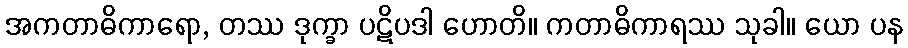
အကတာဓိကာရော, တဿ ဒုက္ခာ ပဋိပဒါ ဟောတိ။ ကတာဓိကာရဿ သုခါ။ ယော ပန